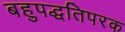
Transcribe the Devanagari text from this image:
बहुपद्धतिपरक